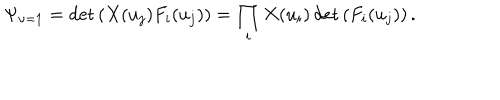
LaTeX: \Psi _ { \nu = 1 } = \det \left( X ( u _ { j } ) F _ { i } ( u _ { j } ) \right) = \prod _ { i } X ( u _ { i } ) \det \left( F _ { i } ( u _ { j } ) \right) .